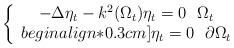
LaTeX: \begin{align*} \left\{\begin{array}{ccc}-\Delta \eta_t-k^2(\Omega_t)\eta_t=0\,\,\,\,\Omega_t\\begin{align*}0.3cm]\eta_t=0\,\,\,\,\partial\Omega_t\end{array}\right.\end{align*}